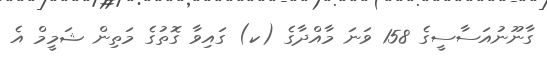
ގާނޫނުއަސާސީގެ 158 ވަނަ މާއްދާގެ (ކ) ގައިވާ ގޮތުގެ މަތިން ޝަމީމް އެ